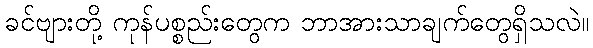
ခင်ဗျားတို့ ကုန်ပစ္စည်းတွေက ဘာအားသာချက်တွေရှိသလဲ။